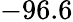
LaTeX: -96.6